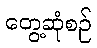
တွေ့ဆုံစဉ်